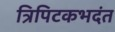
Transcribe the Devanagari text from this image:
त्रिपिटकभदंत